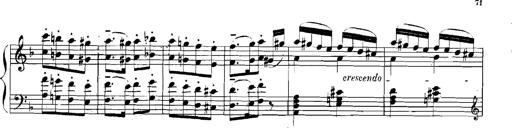
Title: Rhapsodies hongroises
Composer: Franz Liszt